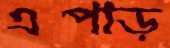
এপাড়